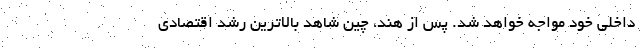
داخلی خود مواجه خواهد شد. پس از هند، چین شاهد بالاترین رشد اقتصادی